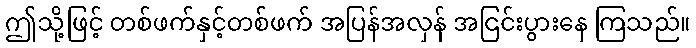
ဤသို့ဖြင့် တစ်ဖက်နှင့်တစ်ဖက် အပြန်အလှန် အငြင်းပွားနေ ကြသည်။